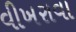
વીખરાવા